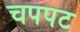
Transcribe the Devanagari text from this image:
चपपट